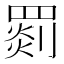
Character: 𦋺